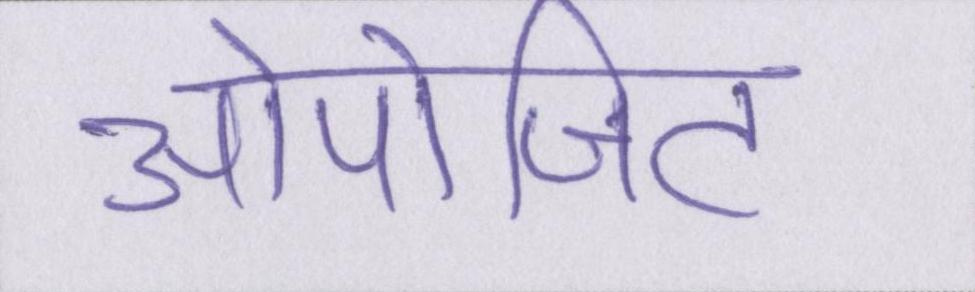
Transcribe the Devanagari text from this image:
ओपोजिट